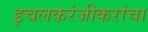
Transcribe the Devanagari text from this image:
इचलकरंजीकरांचा